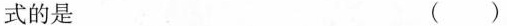
式的是 ( )